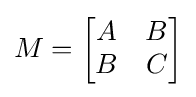
M={\begin{bmatrix}A&B\\B&C\\\end{bmatrix}}